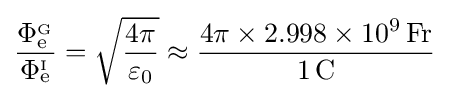
{\frac {\Phi _{\mathrm {e} }^{_{\mathrm {G} }}}{\Phi _{\mathrm {e} }^{_{\mathrm {I} }}}}={\sqrt {\frac {4\pi }{\varepsilon _{0}}}}\approx {\frac {4\pi \times 2.998\times 10^{9}\,\mathrm {Fr} }{1\,\mathrm {C} }}